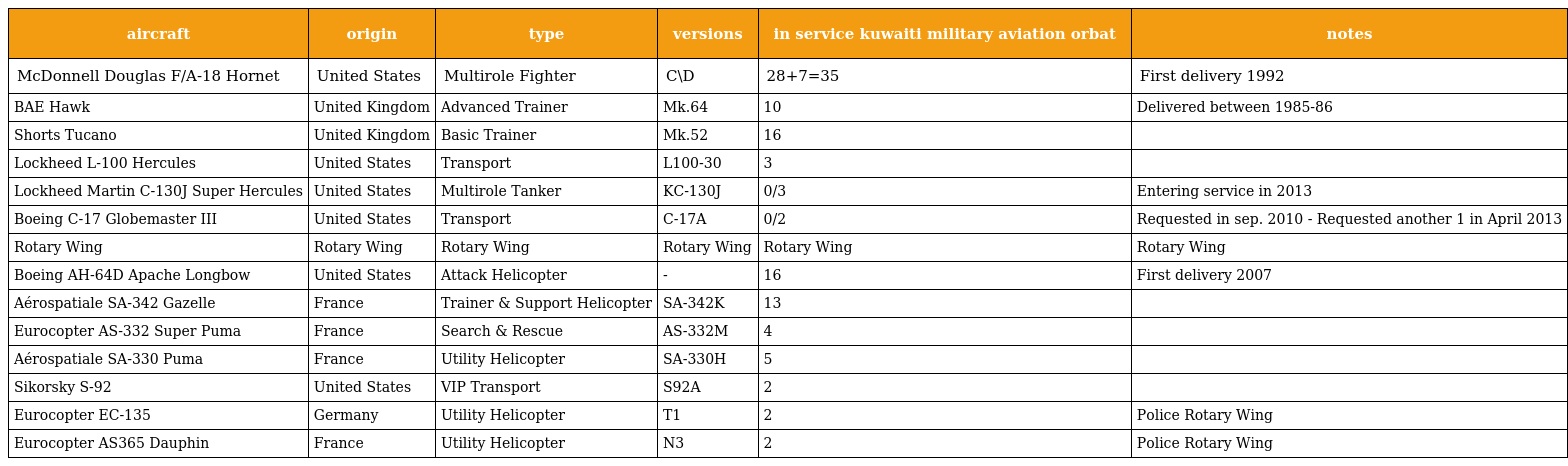
| aircraft | origin | type | versions | in service kuwaiti military aviation orbat | notes |
 | --- | --- | --- | --- | --- | --- |
 | McDonnell Douglas F/A-18 Hornet | United States | Multirole Fighter | C\D | 28+7=35 | First delivery 1992 |
 | BAE Hawk | United Kingdom | Advanced Trainer | Mk.64 | 10 | Delivered between 1985-86 |
 | Shorts Tucano | United Kingdom | Basic Trainer | Mk.52 | 16 |  |
 | Lockheed L-100 Hercules | United States | Transport | L100-30 | 3 |  |
 | Lockheed Martin C-130J Super Hercules | United States | Multirole Tanker | KC-130J | 0/3 | Entering service in 2013 |
 | Boeing C-17 Globemaster III | United States | Transport | C-17A | 0/2 | Requested in sep. 2010 - Requested another 1 in April 2013 |
 | Rotary Wing | Rotary Wing | Rotary Wing | Rotary Wing | Rotary Wing | Rotary Wing |
 | Boeing AH-64D Apache Longbow | United States | Attack Helicopter | - | 16 | First delivery 2007 |
 | Aérospatiale SA-342 Gazelle | France | Trainer & Support Helicopter | SA-342K | 13 |  |
 | Eurocopter AS-332 Super Puma | France | Search & Rescue | AS-332M | 4 |  |
 | Aérospatiale SA-330 Puma | France | Utility Helicopter | SA-330H | 5 |  |
 | Sikorsky S-92 | United States | VIP Transport | S92A | 2 |  |
 | Eurocopter EC-135 | Germany | Utility Helicopter | T1 | 2 | Police Rotary Wing |
 | Eurocopter AS365 Dauphin | France | Utility Helicopter | N3 | 2 | Police Rotary Wing |